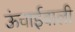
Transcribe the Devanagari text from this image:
ऊंचाईवाली